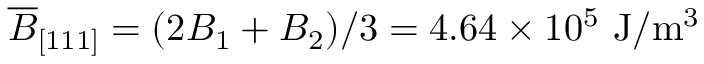
\overline { { B } } _ { [ 1 1 1 ] } = ( 2 B _ { 1 } + B _ { 2 } ) / 3 = 4 . 6 4 \times 1 0 ^ { 5 } ~ \mathrm { J / m ^ { 3 } }